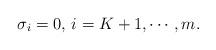
LaTeX: \begin{align*}\sigma_i=0,\,i=K+1,\cdots,m.\end{align*}